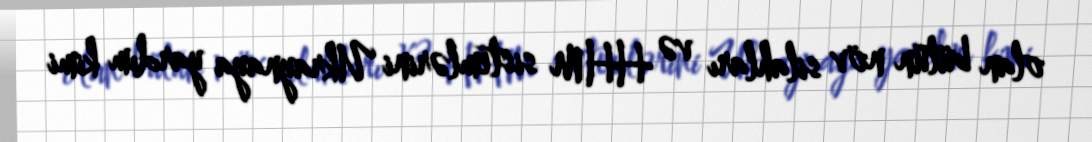
olan bütün növ silahları və HHM sistemlərini Ukraynaya yardım kimi